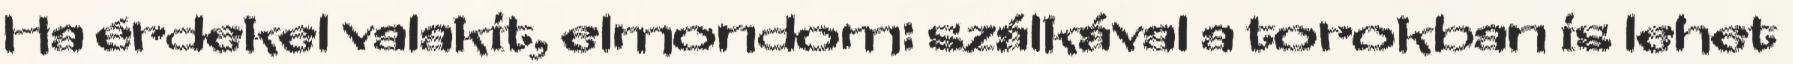
Ha érdekel valakit, elmondom: szálkával a torokban is lehet